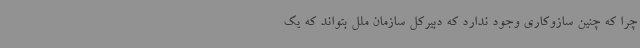
چرا که چنین سازوکاری وجود ندارد که دبیرکل سازمان ملل بتواند که یک